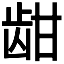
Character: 𬹾